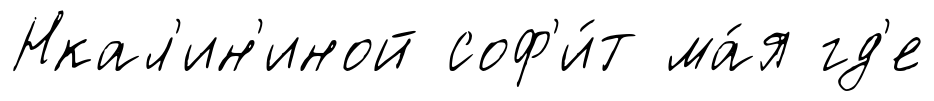
Нкал'ин'иной соф'и́т ма́я гд'е